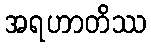
အရဟာတိဿ